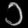
Digit: ၁